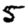
Digit: 5